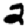
Digit: 2